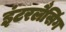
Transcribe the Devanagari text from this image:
इंटरलैसिंग